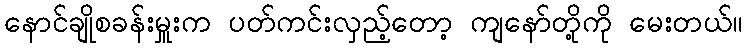
နောင်ချိုစခန်းမှူးက ပတ်ကင်းလှည့်တော့ ကျနော်တို့ကို မေးတယ်။